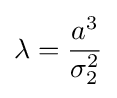
\lambda ={\frac {a^{3}}{\sigma _{2}^{2}}}